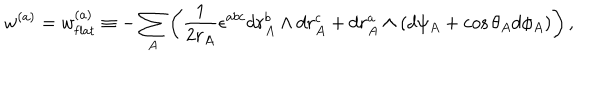
w ^ { ( a ) } = w _ { \mathrm { f l a t } } ^ { ( a ) } \equiv - \sum _ { A } \left( \frac { 1 } { 2 r _ { A } } \epsilon ^ { a b c } d r _ { A } ^ { b } \wedge d r _ { A } ^ { c } + d r _ { A } ^ { a } \wedge ( d \psi _ { A } + \cos \theta _ { A } d \phi _ { A } ) \right) ,